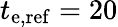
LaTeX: t_{\mathrm{e,ref}}=20